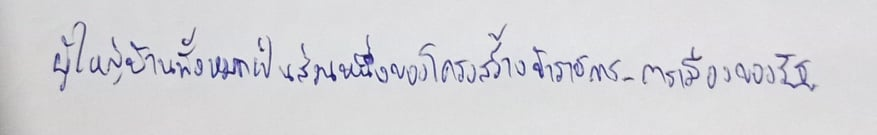
ผู้ใหญ่บ้านทั้งหมดเป็นส่วนหนึ่งของโครงสร้างข้าราชการ-การเมืองของรัฐ